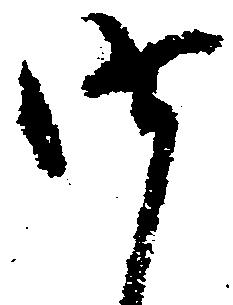
昨